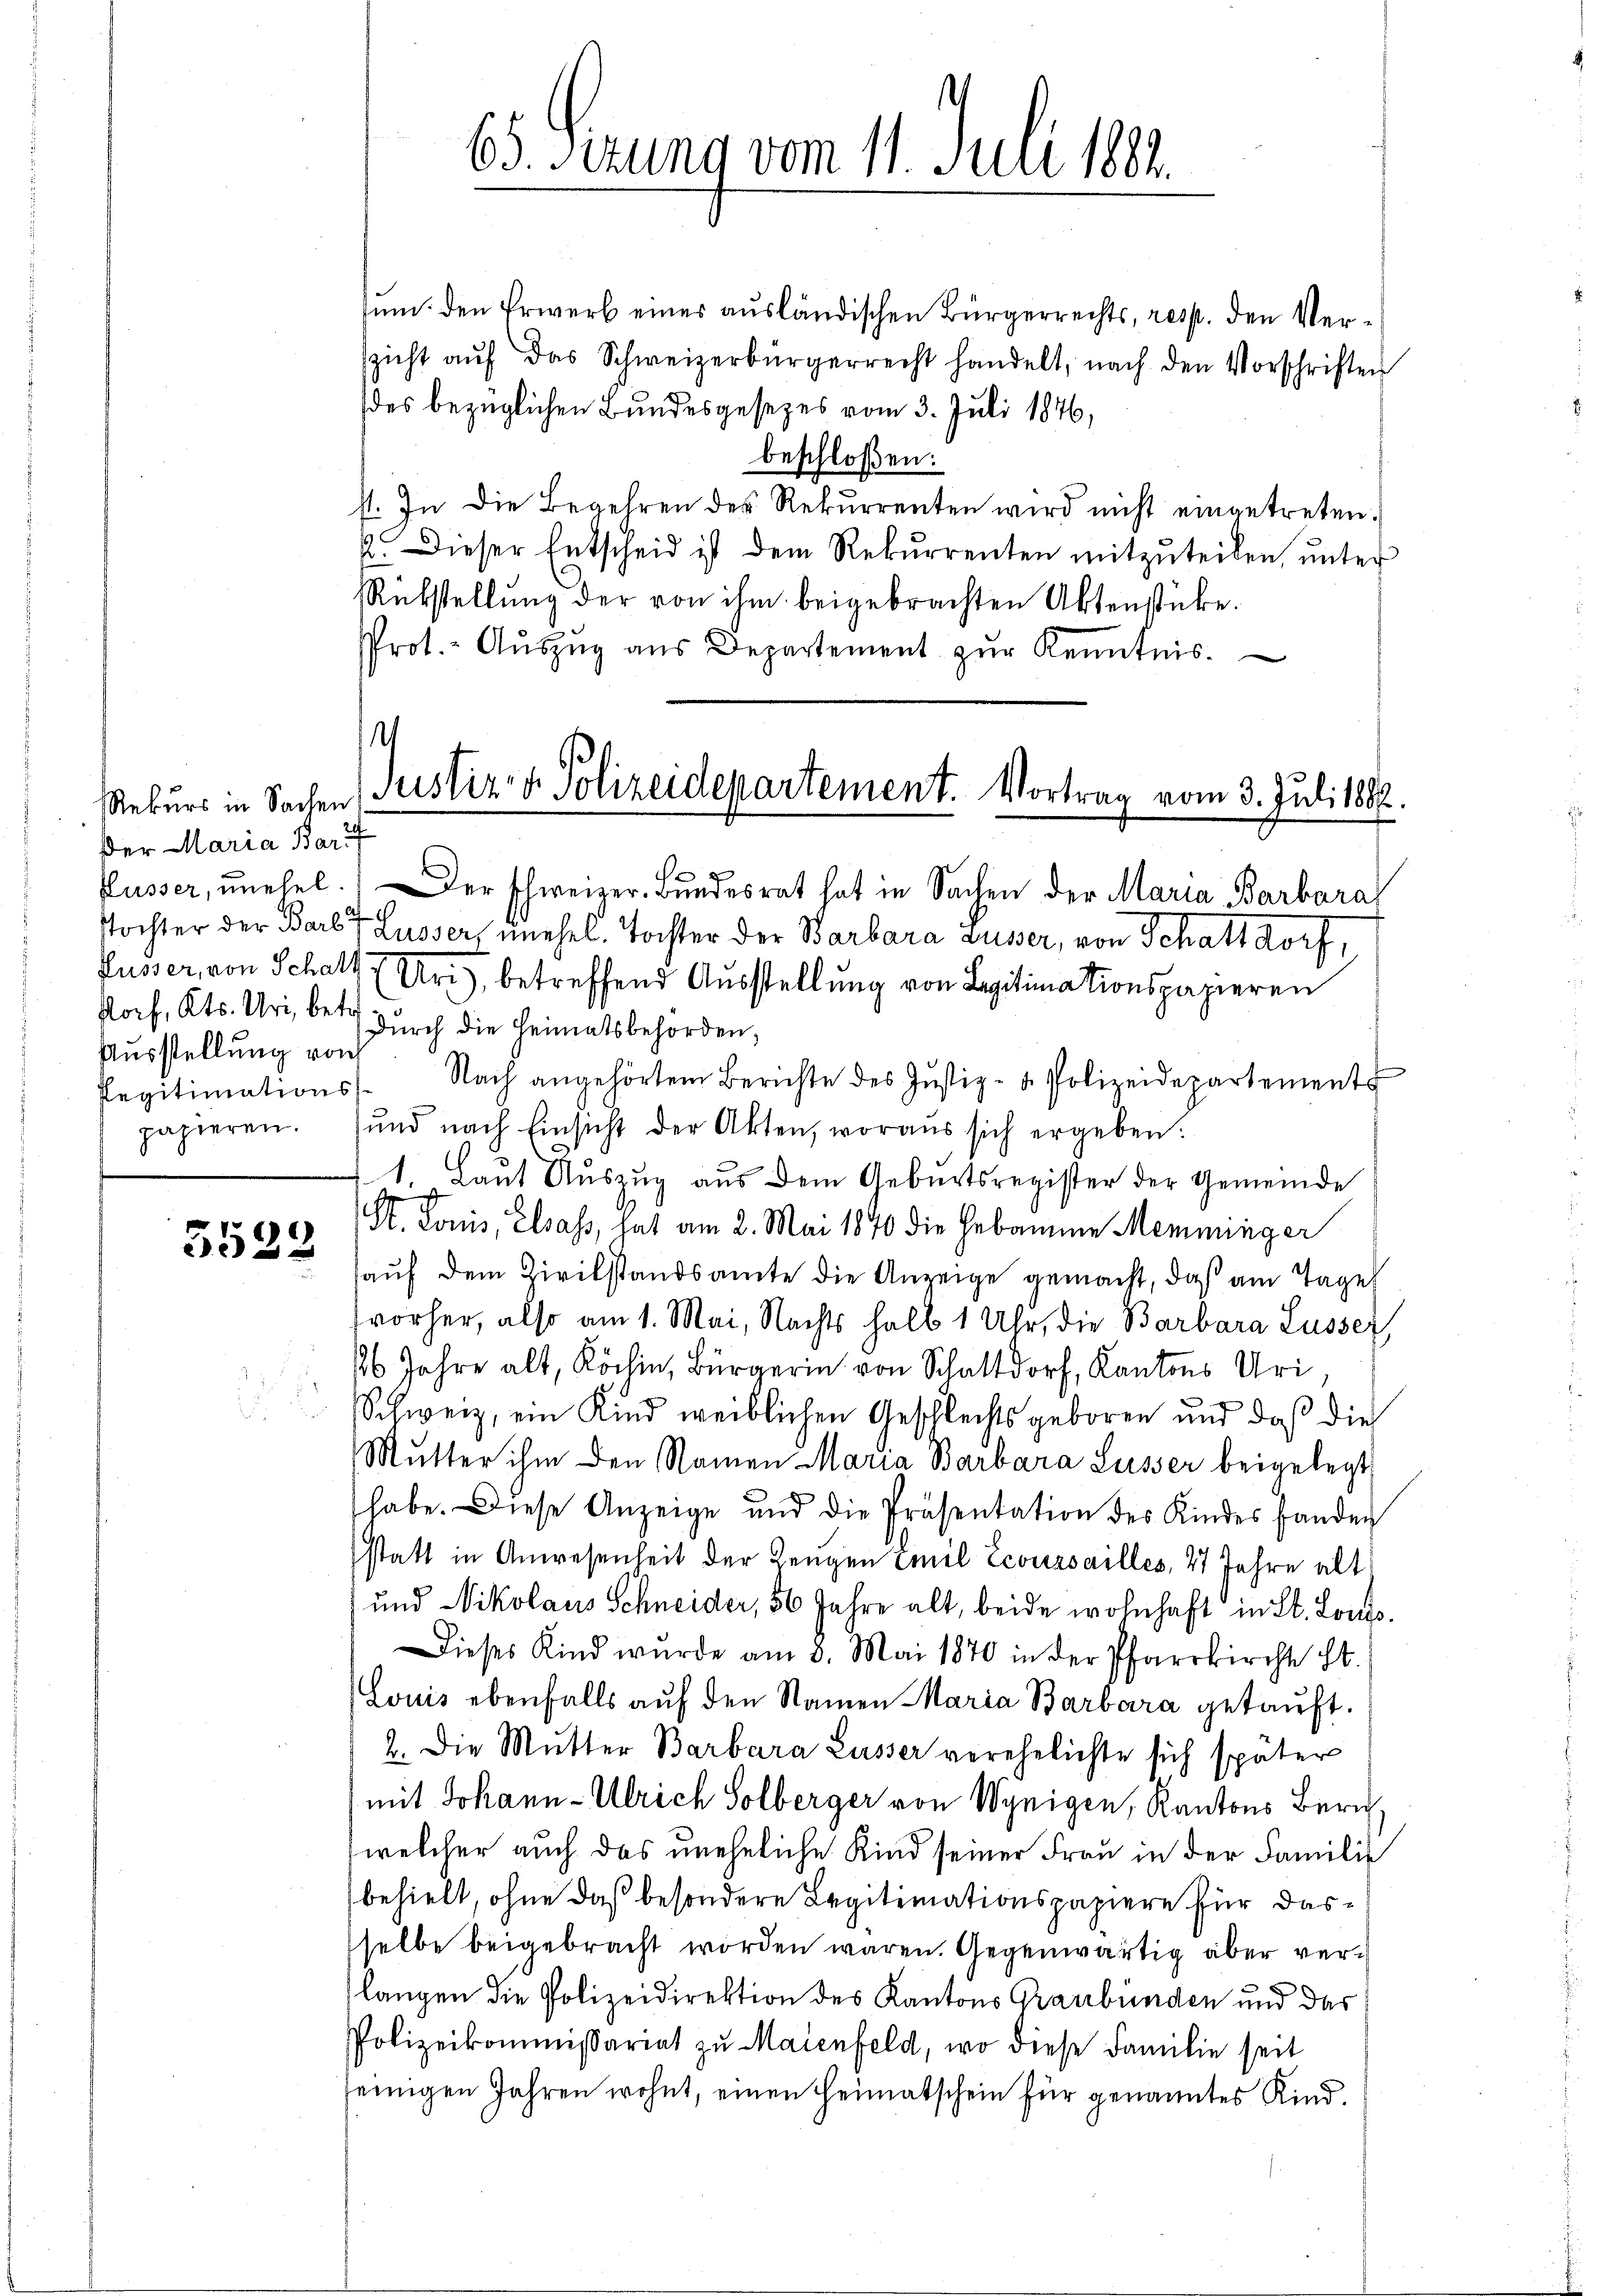
Rekurs in Sachen
Der Maria Bart
Ausstellung von
papieren.

5522

sum den Erwerb eines ausländischen Bürgerrechts, resp. den Verssicht aŭf das Schweizerbürgerrecht handelt, nach den Vorschriften
des bezüglichen Bundesgesezes vom 3. Juli 1876,
beschloßen:
st. In die Begehren des Rekurrenten wird nicht eingetreten.
2. Dieser Entscheid ist dem Rekurrenten mitzuteilen, unter
Rükstellung der von ihm beigebrachten Aktenstücke.
Prot. Aŭszŭg aŭs Departement zŭr Kenntnis.

E
de
Püsser, unehel. er schweizer. Bŭndesrat hat in Sachen der Maria Barbara
Tochter der Bart Lusser, unehel. Tochter der Barbara Lusser, von Schaft Dorf,
Pusser, von Schaft (Uri), betreffend Ausstellung von Legitimationspapieren
Porf, Kts. Uri, betr. durch die Heimatsbehörden,
Regitimations. Nach angehörtem Berichte des Jŭstiz- & Polizeidepartements
und nach Einsicht der Akten, woraus sich ergeben:
1. Laut Auszug aus dem Geburtsregister der Gemeinde
St. Louis, Elsass, hat am 2. Mai 1870 die Hebamme Memminger
hauf dem Zivilstandsamte die Anzeige gemacht, daß am Tage
vorher, also am 1. Mai, Nachts halb 1 Uhr, die Barbara Lusser
16 Jahre alt, Köchin, Bürgerin von Schat, Kantons Uri
Schweiz, ein Kind weiblichen Geschlechts geboren und daß die
Mutter ihm den Namen Maria Barbara Lusser beigelegt
habe. Diese Anzeige und die Präsentation des Kindes fanden
statt in Anwesenheit der Zeugen Emil Ecoursailles, 27 Jahre alt
und Nikolaus Schneider, 56 Jahre alt, beide wohnhaft in St. Louts¬
Dieses Kind wurde am 8. Mai 1870 in der Pfarrkircht St.
Louis ebenfalls auf den Namen Maria Barbara getauft.
2. Die Mutter Barbara Lusser verehelichte sich später
mit Johann Ulrich Solberger von Wynigen, Kantons Zürichwelcher auch das uneheliche Kind seiner Frau in der Familie
behielt, ohne daß besondere Legitimationspapiere für dasselbe beigebracht worden waren. Gegenwärtig aber verlangen die Polizeidirektion des Kantons Graubünden und das
Polizeikommissariat zu Maienfeld, wo diese Familie seit
seinigen Jahren wohnt, einen Heimatschein für genanntes Kind¬

65. Ferung vom 11. Juli 181.

h
Justiz- & Polizeidepartement. Vortrag vom 3. Juli 1882.